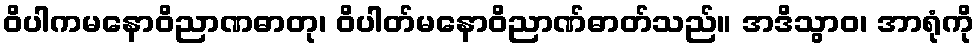
ဝိပါကမနောဝိညာဏဓာတု၊ ဝိပါတ်မနောဝိညာဏ်ဓာတ်သည်။ အဒိသွာဝ၊ အာရုံကို